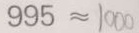
9 9 5 \approx 1 0 0 0